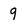
Character: q